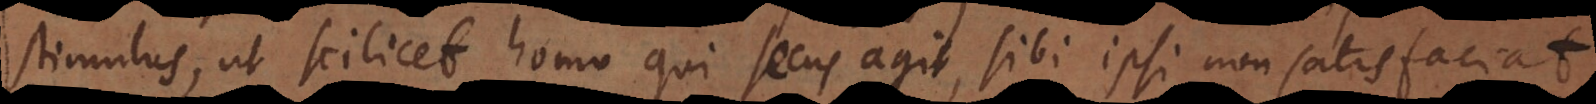
stimulus, ut scilicet homo qui secus agit, sibi ipsi non satisfaciat,